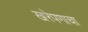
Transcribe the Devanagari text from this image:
खरेपणाचा